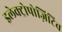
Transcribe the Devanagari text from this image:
इलेक्ट्रोपोज़िटिव